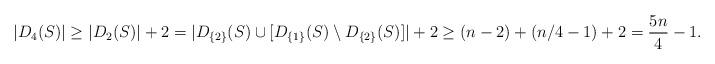
LaTeX: \begin{align*}|D_4(S)| \geq |D_2(S)| +2 = |D_{ \{2 \}}(S) \cup [D_{\{1\}}(S) \setminus D_{\{2\}}(S)]| +2 \geq (n-2)+ (n/4-1) + 2= \frac{5n}{4}-1.\end{align*}